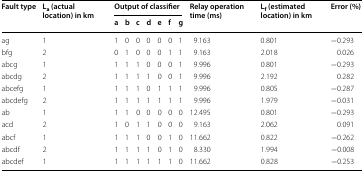
<table><thead><tr><td rowspan="2"><b>Fault type</b></td><td rowspan="2"><b>L<sub>a</sub> (actual location) in km</b></td><td colspan="7"><b>Output of classifier</b></td><td rowspan="2"><b>Relay operation time (ms)</b></td><td rowspan="2"><b>L<sub>f</sub> (estimated location) in km</b></td><td rowspan="2"><b>Error (%)</b></td></tr><tr><td><b>a</b></td><td><b>b</b></td><td><b>c</b></td><td><b>d</b></td><td><b>e</b></td><td><b>f</b></td><td><b>g</b></td></tr></thead><tbody><tr><td>ag</td><td>1</td><td>1</td><td>0</td><td>0</td><td>0</td><td>0</td><td>0</td><td>1</td><td>9.163</td><td>0.801</td><td>−0.293</td></tr><tr><td>bfg</td><td>2</td><td>0</td><td>1</td><td>0</td><td>0</td><td>0</td><td>1</td><td>1</td><td>9.163</td><td>2.018</td><td>0.026</td></tr><tr><td>abcg</td><td>1</td><td>1</td><td>1</td><td>1</td><td>0</td><td>0</td><td>0</td><td>1</td><td>9.996</td><td>0.801</td><td>−0.293</td></tr><tr><td>abcdg</td><td>2</td><td>1</td><td>1</td><td>1</td><td>1</td><td>0</td><td>0</td><td>1</td><td>9.996</td><td>2.192</td><td>0.282</td></tr><tr><td>abcefg</td><td>1</td><td>1</td><td>1</td><td>1</td><td>0</td><td>1</td><td>1</td><td>1</td><td>9.996</td><td>0.805</td><td>−0.287</td></tr><tr><td>abcdefg</td><td>2</td><td>1</td><td>1</td><td>1</td><td>1</td><td>1</td><td>1</td><td>1</td><td>9.996</td><td>1.979</td><td>−0.031</td></tr><tr><td>ab</td><td>1</td><td>1</td><td>1</td><td>0</td><td>0</td><td>0</td><td>0</td><td>0</td><td>12.495</td><td>0.801</td><td>−0.293</td></tr><tr><td>acd</td><td>2</td><td>1</td><td>0</td><td>1</td><td>1</td><td>0</td><td>0</td><td>0</td><td>9.163</td><td>2.062</td><td>0.091</td></tr><tr><td>abcf</td><td>1</td><td>1</td><td>1</td><td>1</td><td>0</td><td>0</td><td>1</td><td>0</td><td>11.662</td><td>0.822</td><td>−0.262</td></tr><tr><td>abcdf</td><td>2</td><td>1</td><td>1</td><td>1</td><td>1</td><td>0</td><td>1</td><td>0</td><td>8.330</td><td>1.994</td><td>−0.008</td></tr><tr><td>abcdef</td><td>1</td><td>1</td><td>1</td><td>1</td><td>1</td><td>1</td><td>1</td><td>0</td><td>11.662</td><td>0.828</td><td>−0.253</td></tr></tbody></table>